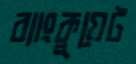
ব্যাংকুয়েট